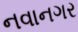
નવાનગર